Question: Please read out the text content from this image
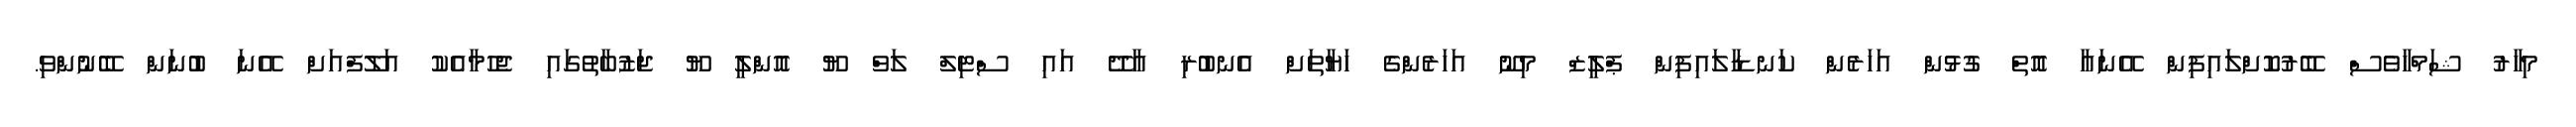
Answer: މިހާރު ޝަމްހާވެސް ބޭރުކޮށްލައިފިން އޭނައާ އޮތް ގުޅުން އަހަރެން ކަނޑާލައިފިން ޕްލީޒް މިނޫ އަހަރެންގެ ހަޔާތަށް އެނބުރި އާދޭ އައި ސްޓިލް ލަވް ޔޫ އޮންލީ ޔޫ ޖަޒުބާތުގައި ޖެހުމާއެކު އަލޫފްއަށް އޭނަ ބުނަން ބޭނުންވި.